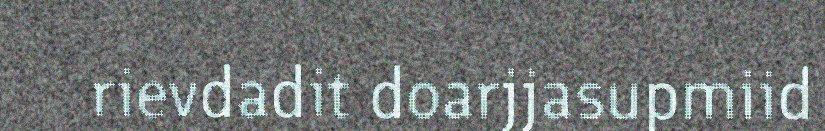
rievdadit doarjjasupmiid